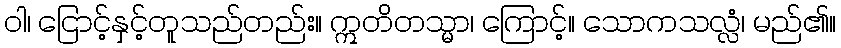
ဝါ၊ ငြောင့်နှင့်တူသည်တည်း။ ဣတိတသ္မာ၊ ကြောင့်။ သောကသလ္လံ၊ မည်၏။